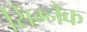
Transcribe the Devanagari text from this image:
सिग्‍नैक